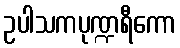
ဥပါသကပုဏ္ဍရီကော